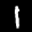
Label: 1